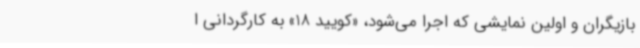
بازیگران و اولین نمایشی که اجرا می‌شود، «کویید 18» به کارگردانی ا